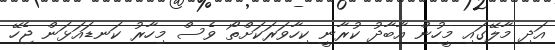
އަދި މާލޭގައި މީހުން އާބާދު ކުރާނީ ކިހާވަރަކަށްތޯ ވެސް މިހާރު ކަނޑައަޅަން ޖެހޭ